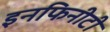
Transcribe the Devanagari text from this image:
इनफिनीटी